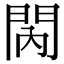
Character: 𨳙